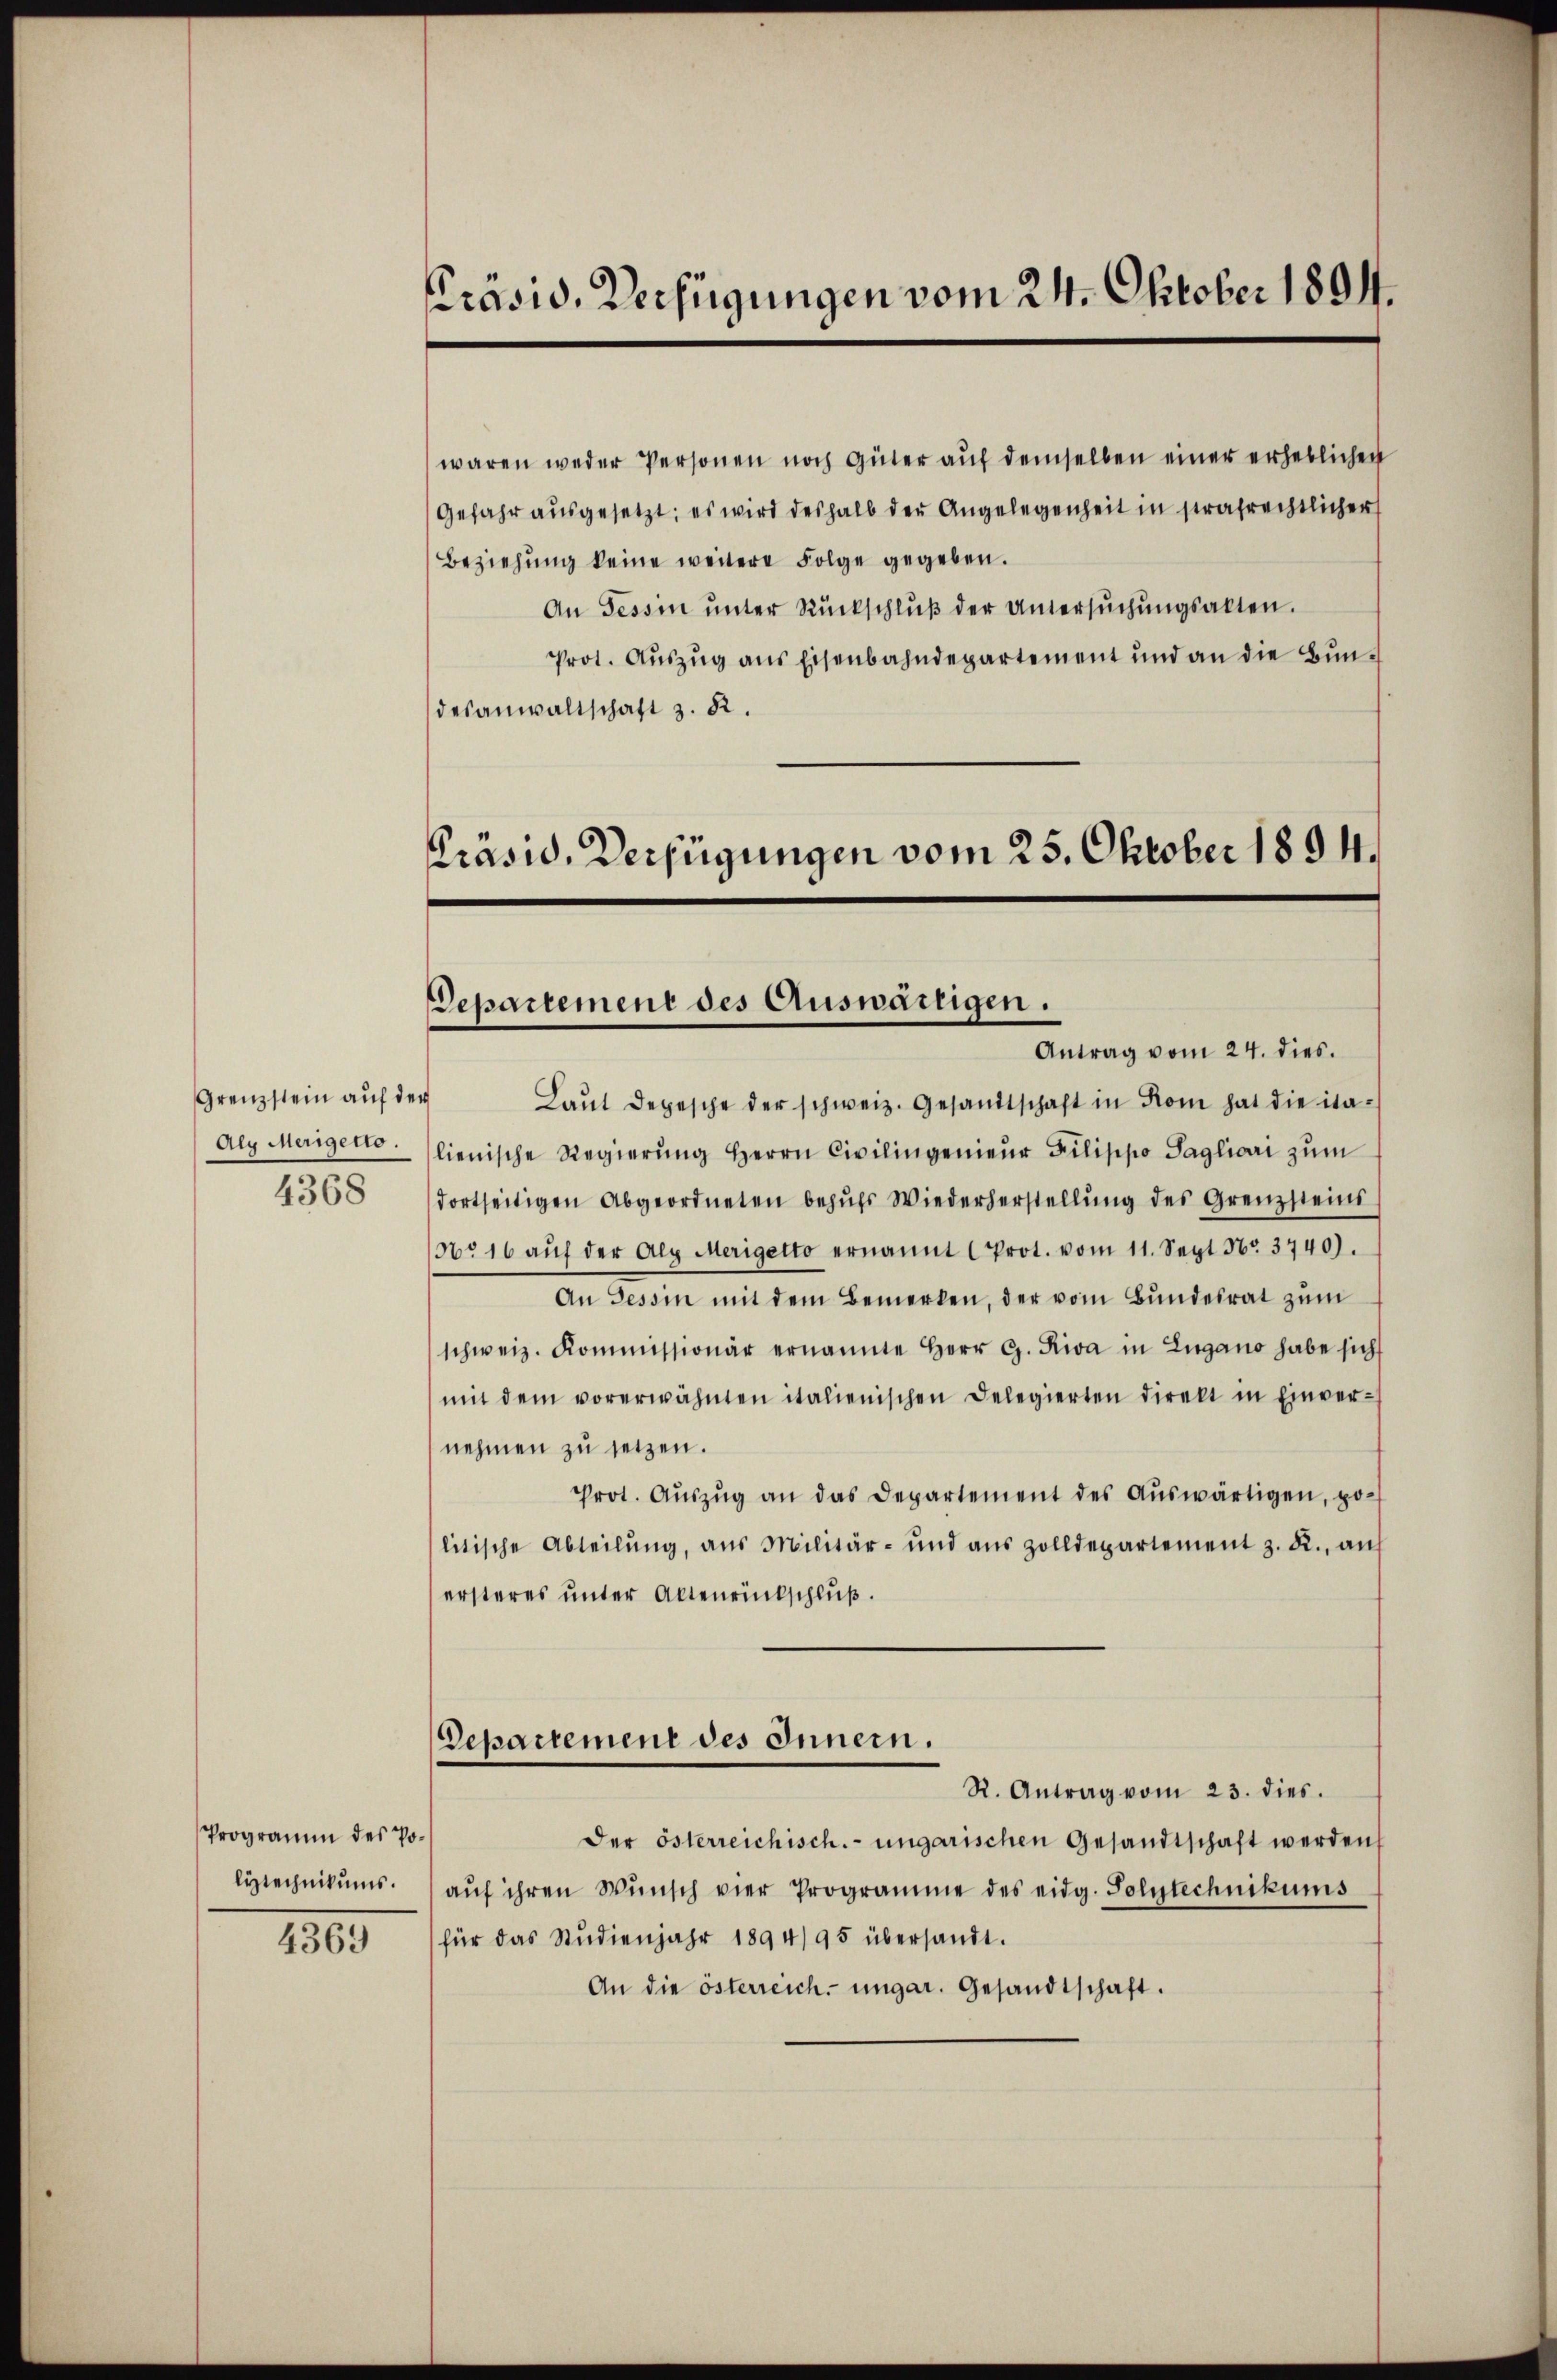
Grenzstein auf der
Alg Merigetto.
4368

Programm des Polytechnikums.

4369

Präsid. Verfügungen vom 24. Oktober 1894.

waren weder Personen noch Güter aŭf demselben einer erheblichen
Gefahr ausgesetzt; es wird deshalb der Angelegenheit in strafrechtlicher
Beziehŭng keine weitere Folge gegeben.
An Tessin ŭnter Rückschlŭβ der Untersŭchŭngsalten.
Prot. Auszug aus Eisenbahndepartement und an die Bundesanwaltschaft z. B.
Prasid, Verfügungen vom 25. Oktober 1894.

Departement des Auswärtigen.
Antrag vom 24. dies.

Laŭt Depesche der schweiz. Gesandtschaft in Rom hat die ita-
lienische Regierŭng Herrn Civilingenieŭr Filippo Tagliari zŭm
dortseitigen Abgeordneten behŭfs Wiederherstellŭng des Grenzsteins
No 16 aŭf der Alp Merigetto ernannt (Prot. vom 11. Sept Nr. 3740).
An Tessin mit dem Bemerken, der vom Bundesrat zum
schweiz. Kommissionär ernannte Herr G. Riva in Lugano habe sich
mit dem vorerwähnten italienischen Delegierten direkt in Einver-
nehmen zu setzen.
Prot. Aŭszŭg an das Departement des Aŭswärtigen, po-
litische Abteilŭng, aus Militär- und aus Zolldepartement z. R., aŭf
ersteres unter Aktenrückschluß.
Departement des Innern.
R. Antrag vom 23. dies.
der österreichisch. ungarischen Gesandtschaft werden
aŭf ihren Wŭnsch vier Programme des eidg. Polytechnikums
für das Studienjahr 1894/95 übersandt.
An die österreich ungar. Gesandtschaft.